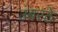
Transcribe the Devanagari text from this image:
उंबरठे